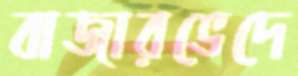
বাজারভেদে